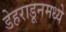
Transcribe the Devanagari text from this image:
डेहराडूनमध्ये